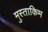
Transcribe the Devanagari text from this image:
मुस्ताकिम